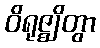
ဝိရုဇ္ဈိတွာ